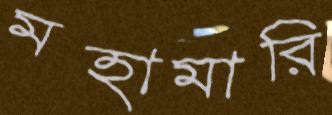
মহামারি